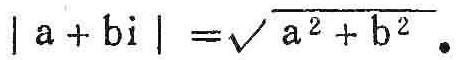
\(|a + bi| = \sqrt{a^{2} + b^{2}}.\)